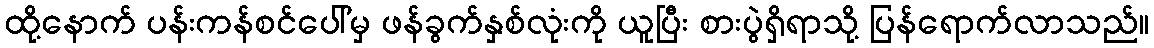
ထို့နောက် ပန်းကန်စင်ပေါ်မှ ဖန်ခွက်နှစ်လုံးကို ယူပြီး စားပွဲရှိရာသို့ ပြန်ရောက်လာသည်။